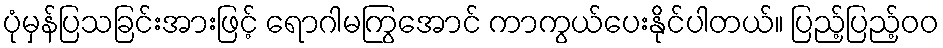
ပုံမှန်ပြသခြင်းအားဖြင့် ရောဂါမကြွအောင် ကာကွယ်ပေးနိုင်ပါတယ်။ ပြည့်ပြည့်ဝဝ